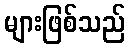
များဖြစ်သည်